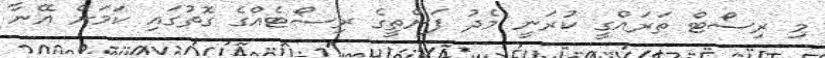
މި ރިސޯޓް ތަރައްގީ ކުރަނީ މެދު ފަންތީގެ ރިސޯޓެއްގެ ގޮތުގައި ކަމަށް އޭނާ